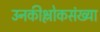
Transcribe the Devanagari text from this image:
उनकीश्लोकसंख्या